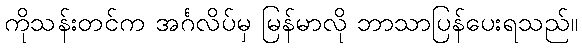
ကိုသန်းတင်က အင်္ဂလိပ်မှ မြန်မာလို ဘာသာပြန်ပေးရသည်။